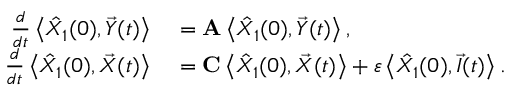
\begin{array} { r l } { \frac { d } { d t } \left\langle \hat { X } _ { 1 } ( 0 ) , \vec { Y } ( t ) \right\rangle } & { { } = \mathbf { A } \left\langle \hat { X } _ { 1 } ( 0 ) , \vec { Y } ( t ) \right\rangle , } \\ { \frac { d } { d t } \left\langle \hat { X } _ { 1 } ( 0 ) , \vec { X } ( t ) \right\rangle } & { { } = \mathbf { C } \left\langle \hat { X } _ { 1 } ( 0 ) , \vec { X } ( t ) \right\rangle + \varepsilon \left\langle \hat { X } _ { 1 } ( 0 ) , \vec { I } ( t ) \right\rangle . } \end{array}